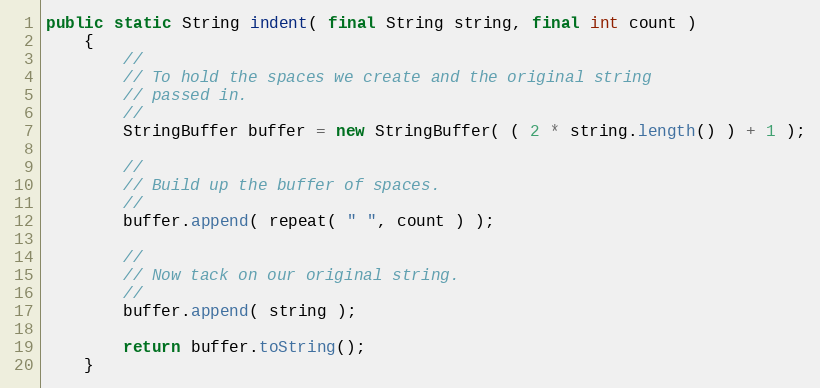
Language: Java
public static String indent( final String string, final int count )
    {
        //
        // To hold the spaces we create and the original string
        // passed in.
        //
        StringBuffer buffer = new StringBuffer( ( 2 * string.length() ) + 1 );

        //
        // Build up the buffer of spaces.
        //
        buffer.append( repeat( " ", count ) );

        //
        // Now tack on our original string.
        //
        buffer.append( string );

        return buffer.toString();
    }